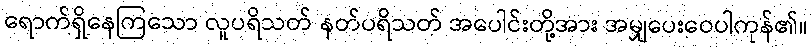
ရောက်ရှိနေကြသော လူပရိသတ် နတ်ပရိသတ် အပေါင်းတို့အား အမျှပေးဝေပါကုန်၏။